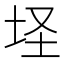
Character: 𱖜